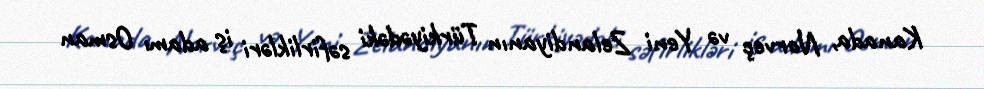
Kanada, Norveç və Yeni Zelandiyanın Türkiyədəki səfirlikləri iş adamı Osman